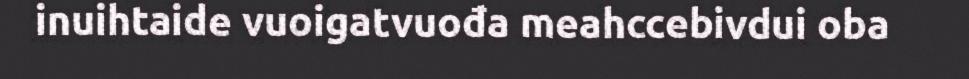
inuihtaide vuoigatvuođa meahccebivdui oba